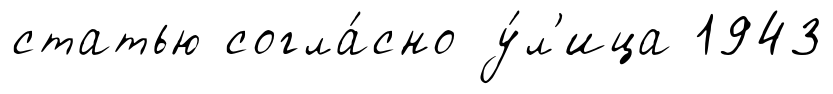
статью согла́сно у́л'ица 1943